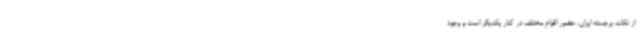
از نکات برجسته ایران، حضور اقوام مختلف در کنار یکدیگر است و وجود